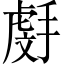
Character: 𫽯